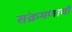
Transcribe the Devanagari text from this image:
संक्रमणाची